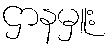
ဌာနမှူး